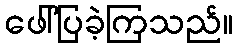
ဖေါ်ပြခဲ့ကြသည်။